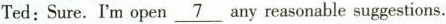
Ted: Sure. I'm open\underline{7}any reasonable suggestions.